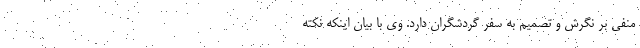
منفی بر نگرش و تصمیم به سفر گردشگران دارد. وی با بیان اینکه‌ نکته